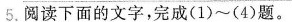
5.阅读下面的文字，完成(1)~(4)题。